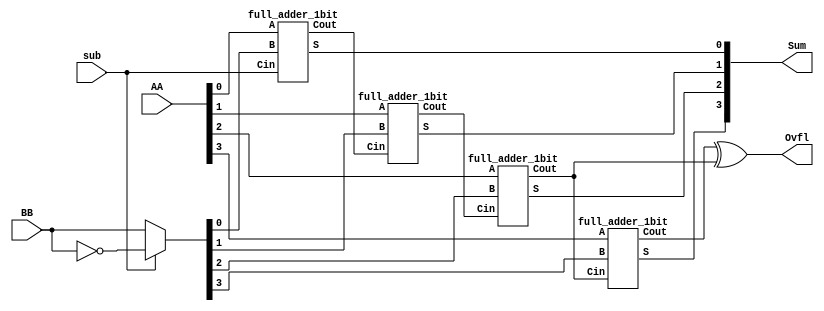
module addsub_4bit (Sum, Ovfl, AA, BB, sub);
input [3:0] AA, BB; //Input values
input sub; // add-sub indicator
output [3:0] Sum; //sum output
output Ovfl; //To indicate overflow
wire [3:0] Bf; //Values of B to be input into adders
wire [3:0] C; //Carry Signals

assign Bf = (sub) ? ~BB : BB;

full_adder_1bit A0 ( .A(AA[0]), .B(Bf[0]), .Cin(sub), .S(Sum[0]), .Cout(C[0]) );
full_adder_1bit A1 ( .A(AA[1]), .B(Bf[1]), .Cin(C[0]), .S(Sum[1]), .Cout(C[1]) );
full_adder_1bit A2 ( .A(AA[2]), .B(Bf[2]), .Cin(C[1]), .S(Sum[2]), .Cout(C[2]) );
full_adder_1bit A3 ( .A(AA[3]), .B(Bf[3]), .Cin(C[2]), .S(Sum[3]), .Cout(C[3]) );

assign Ovfl = C[3] ^ C[2];

endmodule

module full_adder_1bit(S, Cout, A, B, Cin);
input A, B, Cin;
output S, Cout;
wire S1, C1, C2;

// Determine S
assign S1 = A ^ B;
assign S = S1 ^ Cin;

// Determine Cout
assign C1 = Cin & S1;
assign C2 = A & B;
assign Cout = C1 | C2;

endmodule